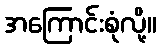
အကြောင်းစုံလို့။